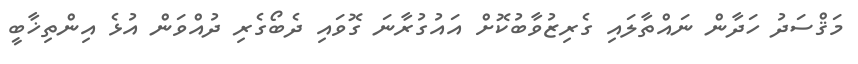
މަޤްސަދު ހަދާން ނައްތާލައި ގެރިޒުވާބުކޮށް އައުގުރާނަ ގޮވައި ދެބޯގެރި ދުއްވަން އުޅެ އިންތިޚާބީ